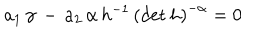
LaTeX: a _ { 1 } \, \gamma \, - \, a _ { 2 } \, \alpha \, h ^ { - 1 } \, \left( \mathrm { d e t } \, h \right) ^ { - \alpha } = 0